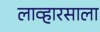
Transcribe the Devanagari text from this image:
लाव्हारसाला